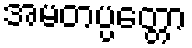
အမတပ္ပတ္တော